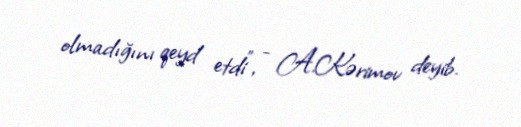
olmadığını qeyd etdi”, - A.Kərimov deyib.